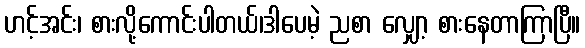
ဟင့်အင်း၊ စားလို့ကောင်းပါတယ်၊ဒါပေမဲ့ ညစာ လျှော့ စားနေတာကြာပြီ။